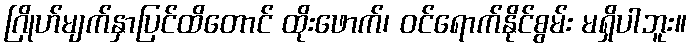
ဂြိုဟ်မျက်နှာပြင်ထိတောင် ထိုးဖောက်၊ ဝင်ရောက်နိုင်စွမ်း မရှိပါဘူး။